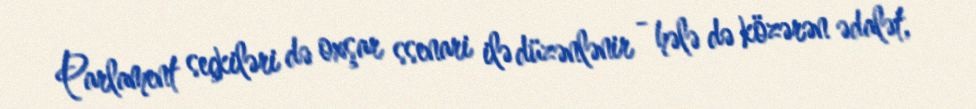
Parlament seçkiləri də oxşar ssenari ilə düzənlənir - hələ də közərən ədalət,